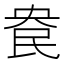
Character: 𰚹